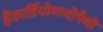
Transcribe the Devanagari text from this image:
हैंकार्डियोमायोपैथी